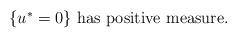
LaTeX: \begin{align*} {\mbox{$\{u^*=0\}$ has positive measure.}}\end{align*}